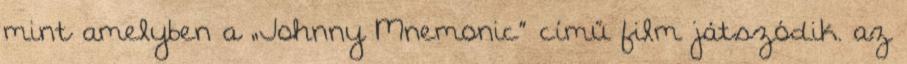
mint amelyben a „Johnny Mnemonic” című film játszódik. az